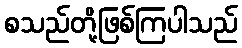
စသည်တို့ဖြစ်ကြပါသည်